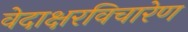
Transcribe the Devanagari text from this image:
वेदाक्षरविचारेण